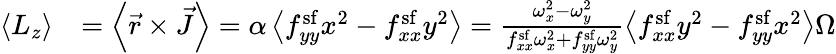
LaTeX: \begin{array}{rl}{\left<L_{z}\right>}&{=\left<\vec{r}\times\vec{J}\right>=\alpha\left<f_{yy}^{\mathrm{sf}}x^{2}-f_{xx}^{\mathrm{sf}}y^{2}\right>=\frac{\omega_{x}^{2}-\omega_{y}^{2}}{f_{xx}^{\mathrm{sf}}\omega_{x}^{2}+f_{yy}^{\mathrm{sf}}\omega_{y}^{2}}\left<f_{xx}^{\mathrm{sf}}y^{2}-f_{yy}^{\mathrm{sf}}x^{2}\right>\Omega}\end{array}